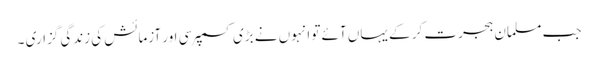
جب مسلمان ہجرت کر کے یہاں آئے تو انہوں نے بڑی کسمپرسی اور آزمائش کی زندگی گزاری ۔